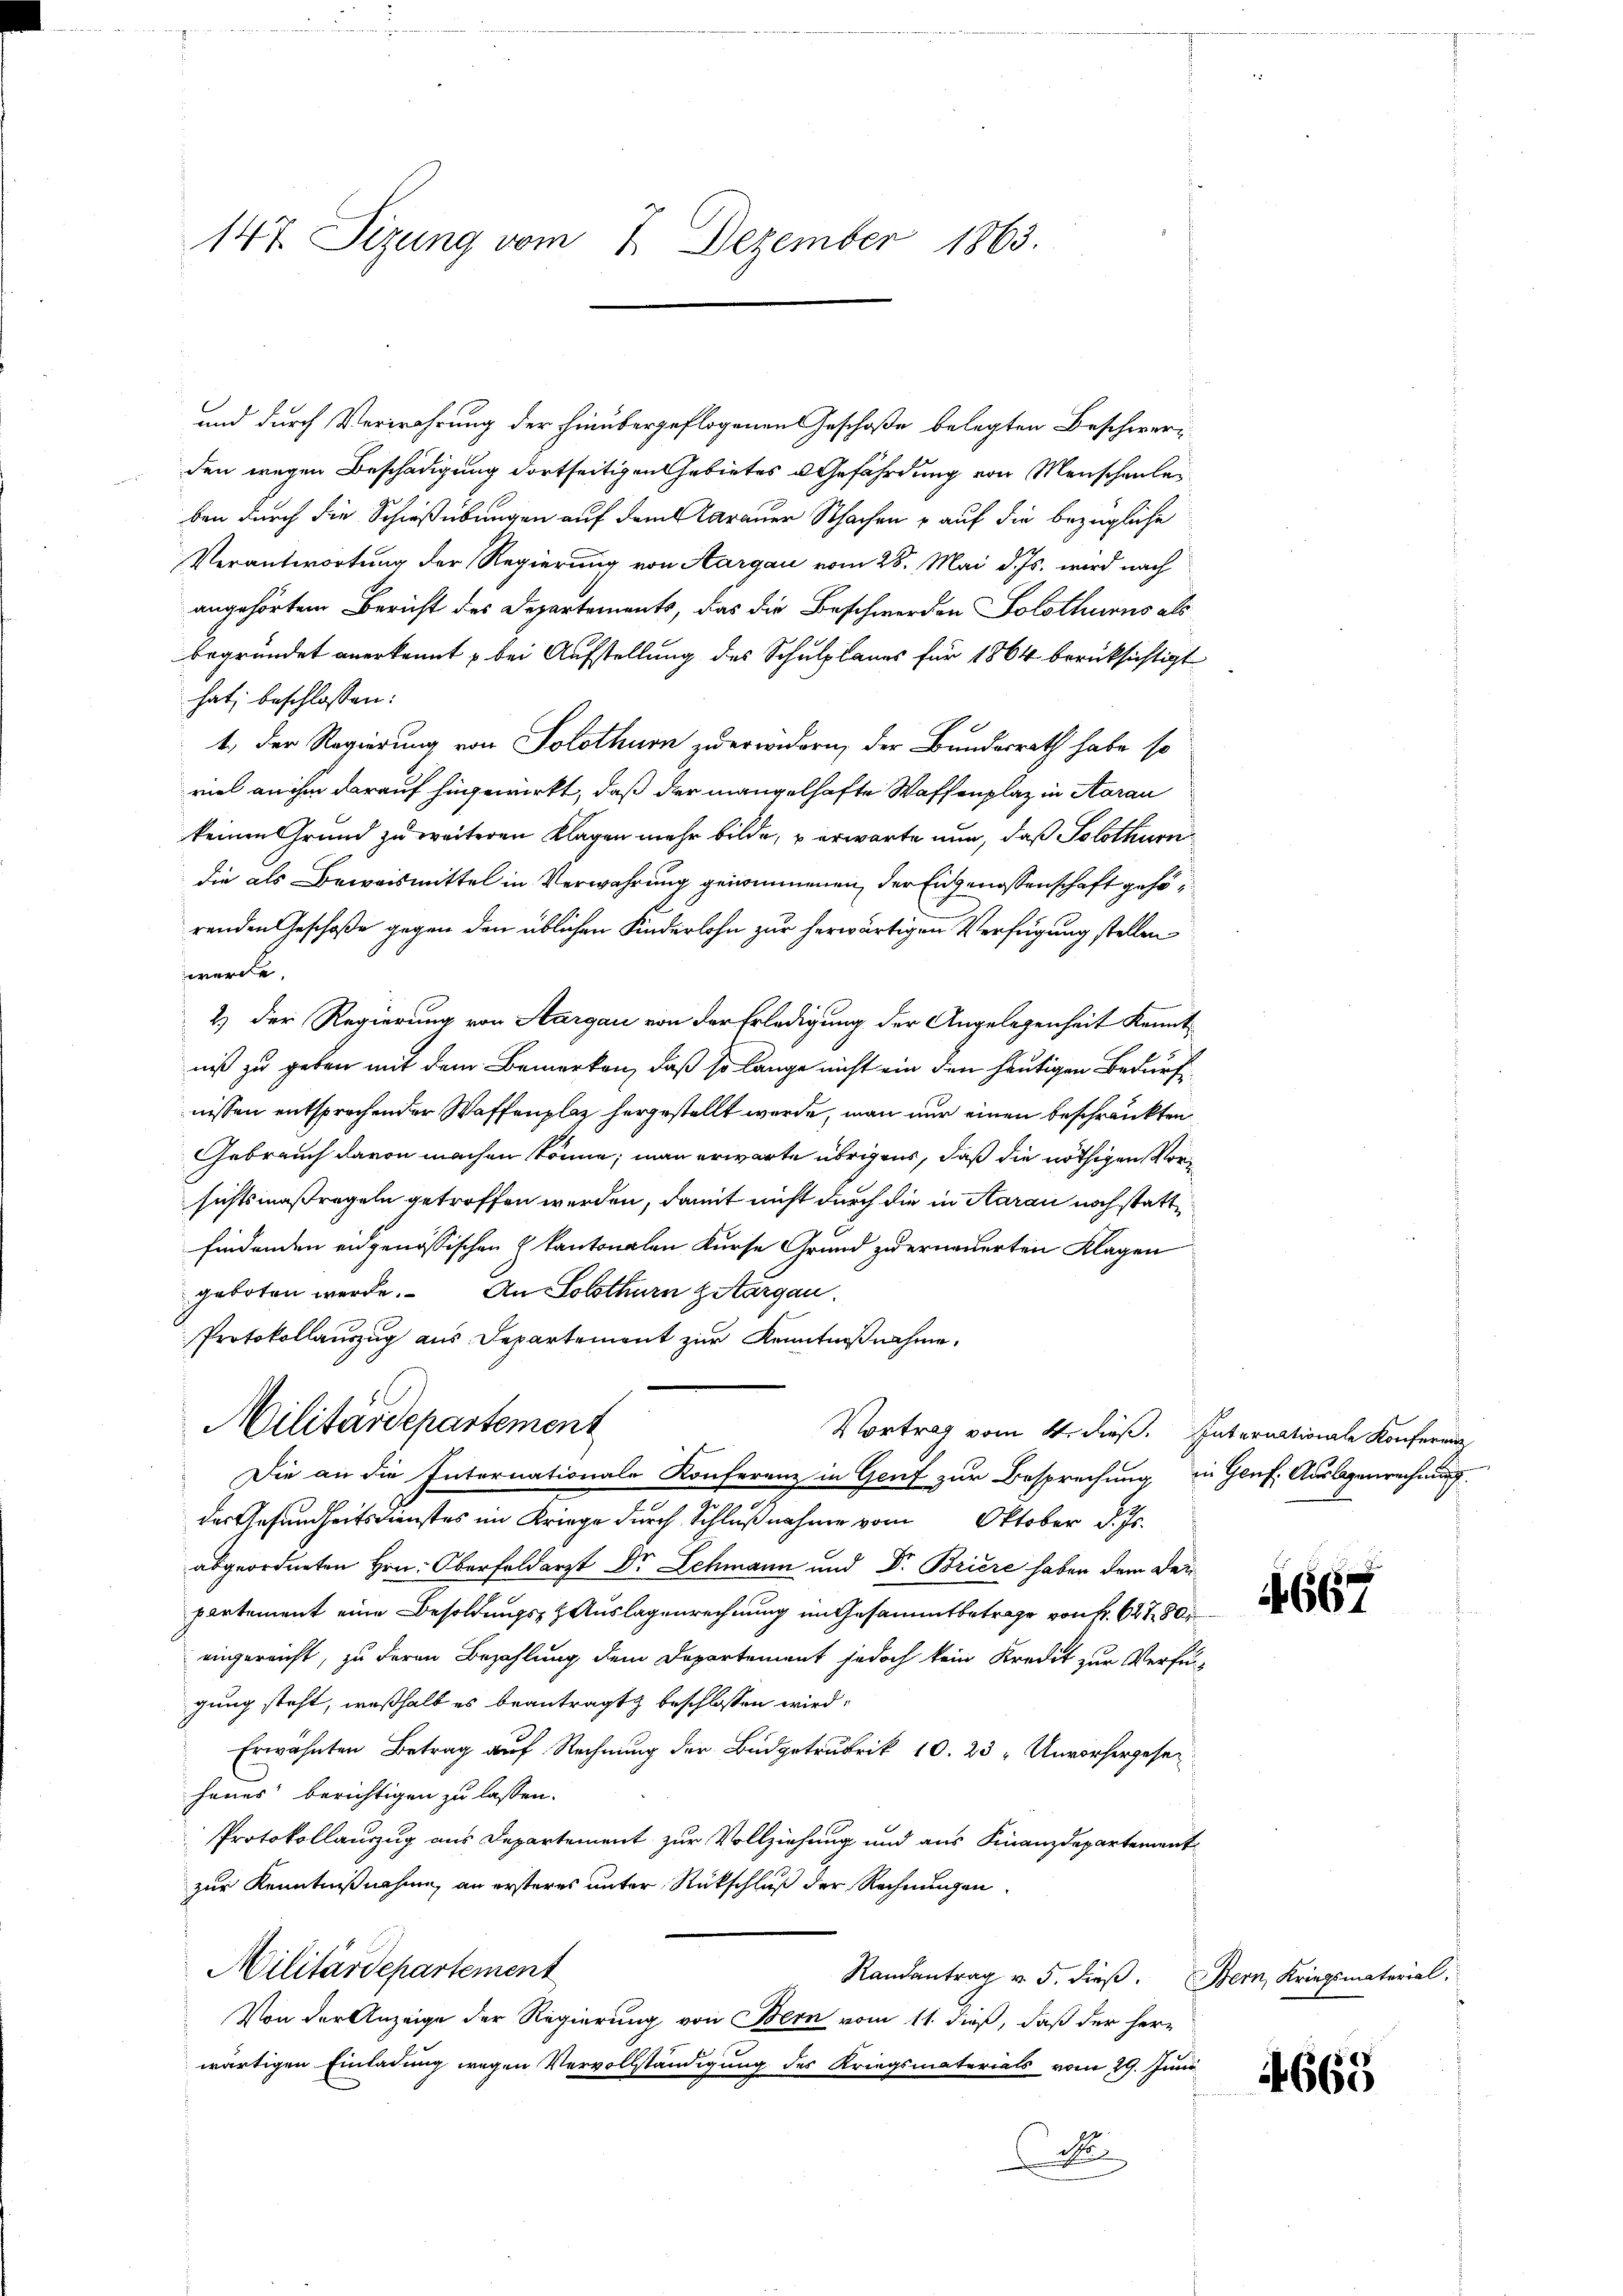
147. Sizung vom 7. Dezember 1863.

und durch Verwahrung der hinübergeflogenen Geschoße belegten Beschwerden wegen Beschädigung dortseitigen Gebietes u Gefährdung von Menschenleben durch die Schießübungen auf dem Carauer Schachen & auf die bezügliche
Verantwortung der Regierung von Aargau vom 28. Mai d. Js. wird nach
angehörtem Bericht des Departements, das die Beschwerden Solothurns als
begründet anerkannt & bei Aufstellung des Schulplanes für 1864 berücksichtigt
hat; beschlossen:
1. Der Regierung von Solothurn zu erwidern, der Bundesrath habe so
viel an ihm darauf hingewirkt, daß der mangelhafte Waffenplaz in Aarau
keinen Grund zu weiteren Klagen mehr bilde, u erwarte nun, daß Solothurndie als Beweismittel in Verwahrung genommenen, der Eidgenossenschaft gehörenden Geschoße gegen den üblichen Kinderlohn zur herwärtigen Verfügung stellen.
werde.
2.) Der Regierung von Aargau von der Erledigung der Angelegenheit kenntniß zu geben mit dem Bemerken, daß so lange nicht ein den heutigen Bedürfnissen entsprochender Waffenplaz hergestellt werde, man nur einen beschränkten
Gebrauch davon machen könne; man erwarte übrigens, daß die nöthigen Vorsichtsmaßregeln getroffen werden, damit nicht durch die in Aarau noch statt
findenden eidgenössischen kantonalen Kurse Grund zu erneuerten Klagen
geboten werde. An Solothurn ziergan
Protokollauszug aus Departement zur Kenntnißnahme,
Militärdepartement
Vortrag vom 4. dieß. Internationale Konferenz
Die an die Internationale Konferenz in Genf zur Besprechung in Genf. Auslagenrechnung
des Gesundheitsdienstes im Kriege durch Schlußnahme vom Oktober d. Js.
abgeordneten Hrn. Oberfeldarzt Dr Schmann und Dr. Briere haben dem Dei
partement eine Besoldungs-Auslagenrechnung im Gesammtbetrage von fr. 627 80
eingereicht, zu deren Bezahlung dem Departement jedoch kein Kredit zur Verfü-
gung steht, weßhalb es beantragt beschlossen wird.
Erwähnten Betrag auf Rechnung der Budgetrubrik 10. 23. Unvorhergesehenes berichtigen zu lassen.
Protokollauszug aus Departement zur Vollziehung und aus Finanzdepartement
zur Kenntnißnahme an ersteres unter Rückschluß der Rechnungen
Militärdepartement
Randantrag v. 5. dieß. Bern, Kriegsmaterial,
Von der Anzeige der Regierung von Bern vom 11. dieß, daß der herwärtigen Einladung wegen Vervollständigung des Kriegsmaterials vom 29. Juni
M

4667

663